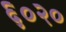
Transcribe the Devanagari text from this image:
६०२०